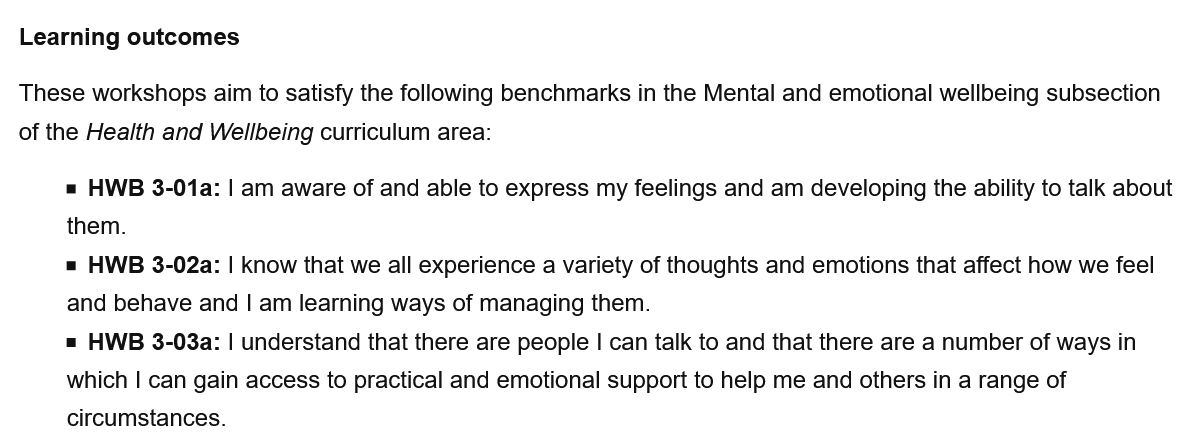
Learning outcomes
  These workshops aim to satisfy the following benchmarks in the Mental and emotional wellbeing subsection
  of the Health and Wellbeing curriculum area:
     = HWB 3-01a: | am aware of and able to express my feelings and am developing the ability to talk about
     them.
     = HWB 3-02a: | know that we all experience a variety of thoughts and emotions that affect how we feel
     and behave and | am learning ways of managing them.
     = HWB 3-03a: | understand that there are people | can talk to and that there are a number of ways in
     which I can gain access to practical and emotional support to help me and others in a range of
     circumstances.